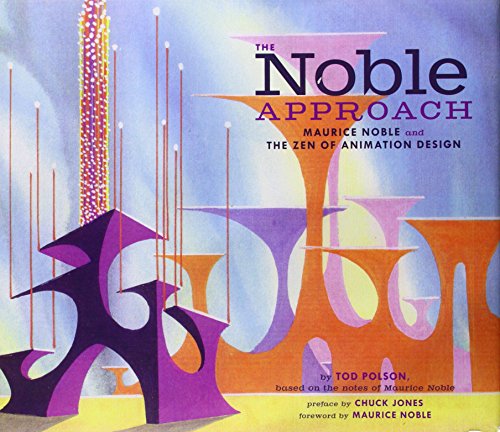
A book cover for The Noble Approach: Maurice Noble and the Zen of Animation Design; Tod Polson; Arts & Photography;